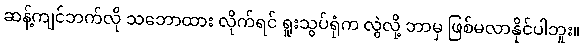
ဆန့်ကျင်ဘက်လို သဘောထား လိုက်ရင် ရူးသွပ်ရုံက လွဲလို့ ဘာမှ ဖြစ်မလာနိုင်ပါဘူး။